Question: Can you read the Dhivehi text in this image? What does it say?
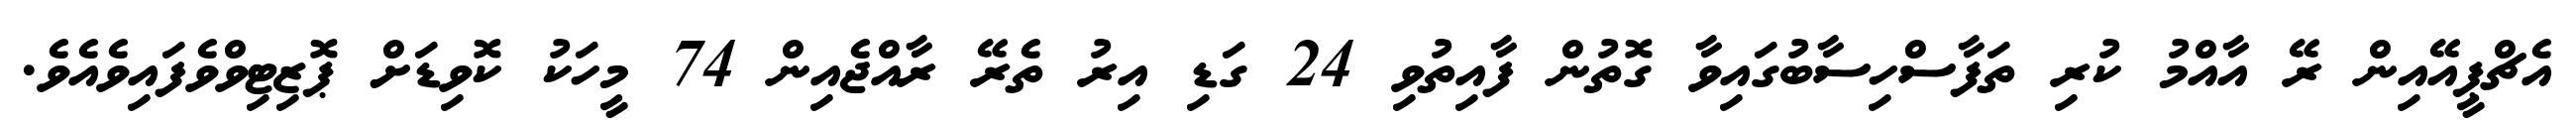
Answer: އެޗްޕީއޭއިން ރޭ އާއްމު ކުރި ތަފާސްހިސާބުގައިވާ ގޮތުން ފާއިތުވި 24 ގަޑި އިރު ތެރޭ ރާއްޖެއިން 74 މީހަކު ކޮވިޑަށް ޕޮޒިޓިވްވެފައިވެއެވެ.